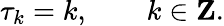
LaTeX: \tau_{k}=k,\qquad k\in{\mathbf Z}.